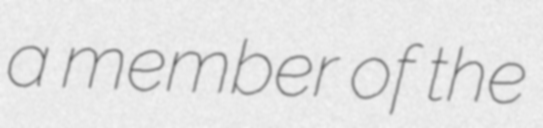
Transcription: a member of the